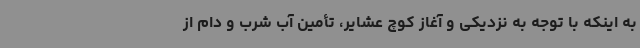
به اینکه با توجه به نزدیکی و آغاز کوچ عشایر، تأمین آب شرب و دام از